Report of the Indian Hemp Drugs Commission, 1894-1895 - Volume I
Year: 1894
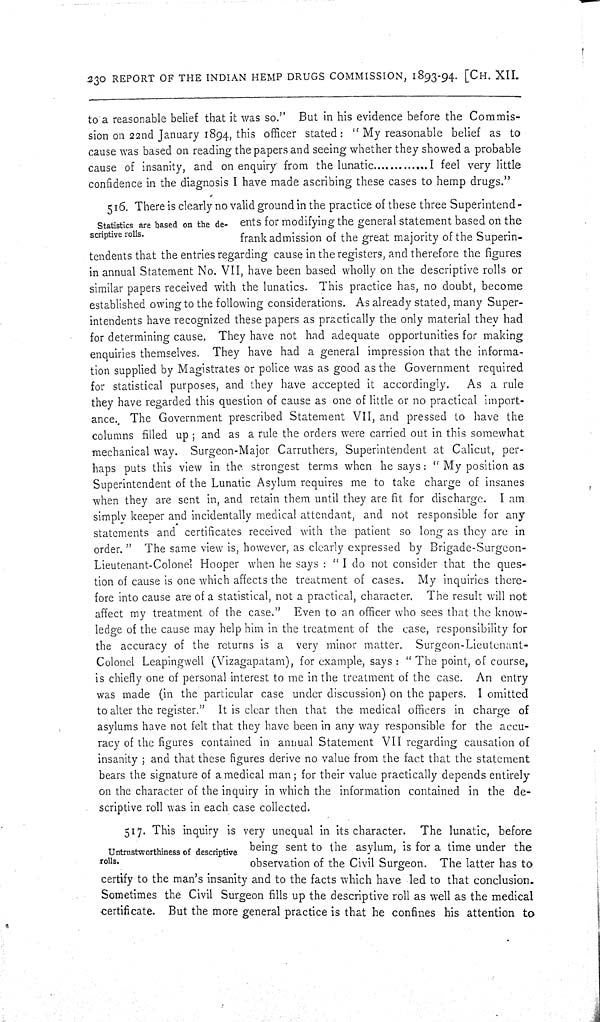
230 REPORT OF THE INDIAN HEMP DRUGS COMMISSION, 1893-94. [CH. XII.
to a reasonable belief that it was so." But in his evidence before the Commis-
sion on 22nd January 1894, this officer stated: "My reasonable belief as to
cause was based on reading the papers and seeing whether they showed a probable
cause of insanity, and on enquiry from the lunatic.............I feel very little
confidence in the diagnosis I have made ascribing these cases to hemp drugs."
Stati sti cs are based on the de-
scri pti ve rolls.
516. There is clearly no valid ground in the practice of these three Superintend-
ents for modifying the general statement based on the
frank admission of the great majority of the Superin-
tendents that the entries regarding cause in the registers, and therefore the figures
in annual Statement No. VII, have been based wholly on the descriptive rolls or
similar papers received with the lunatics. This practice has, no doubt, become
established owing to the following considerations. As already stated, many Super-
intendents have recognized these papers as practically the only material they had
for determining cause. They have not had adequate opportunities for making
enquiries themselves. They have had a general impression that the informa-
tion supplied by Magistrates or police was as good as the Government required
for statistical purposes, and they have accepted it accordingly. As a rule
they have regarded this question of cause as one of little or no practical import-
ance. The Government prescribed Statement VII, and pressed to have the
columns filled up; and as a rule the orders were carried out in this somewhat
mechanical way. Surgeon-Major Carruthers, Superintendent at Calicut, per-
haps puts this view in the strongest terms when he says: "My position as
Superintendent of the Lunatic Asylum requires me to take charge of insanes
when they are sent in, and retain them until they are fit for discharge. I am
simply keeper and incidentally medical attendant, and not responsible for any
statements and certificates received with the patient so long as they are in
order." The same view is, however, as clearly expressed by Brigade-Surgeon-
Lieutenant-Colonel Hooper when he says: "I do not consider that the ques-
tion of cause is one which affects the treatment of cases. My inquiries there-
fore into cause are of a statistical, not a practical, character. The result will not
affect my treatment of the case." Even to an officer who sees that the know-
ledge of the cause may help him in the treatment of the case, responsibility for
the accuracy of the returns is a very minor matter. Surgeon-Lieutenant-
Colonel Leapingwell (Vizagapatam), for example, says: "The point, of course,
is chiefly one of personal interest to me in the treatment of the case. An entry
was made (in the particular case under discussion) on the papers. I omitted
to alter the register." It is clear then that the medical officers in charge of
asylums have not felt that they have been in any way responsible for the accu-
racy of the figures contained in annual Statement VII regarding causation of
insanity; and that these figures derive no value from the fact that the statement
bears the signature of a medical man; for their value practically depends entirely
on the character of the inquiry in which the information contained in the de-
scriptive roll was in each case collected.
Untrustworthi ness of descri pti ve
rolls.
517. This inquiry is very unequal in its character. The lunatic, before
being sent to the asylum, is for a time under the
observation of the Civil Surgeon. The latter has to
certify to the man's insanity and to the facts which have led to that conclusion.
Sometimes the Civil Surgeon fills up the descriptive roll as well as the medical
certificate. But the more general practice is that he confines his attention to